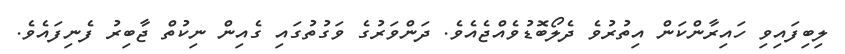
ލިބިފައިވި ހައިރާންކަން އިތުރުވެ ދެލޯބޮޑުވެއްޖެއެވެ. ދަންވަރުގެ ވަގުތުގައި ގެއިން ނިކުތް ޖާބިރު ފެނިފައެވެ.